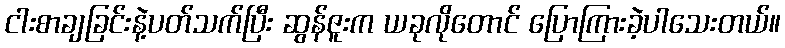
ငါးစာချခြင်းနဲ့ပတ်သက်ပြီး ဆွန်ဇူးက ယခုလိုတောင် ပြောကြားခဲ့ပါသေးတယ်။